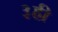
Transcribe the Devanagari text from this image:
३ही